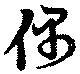
偶